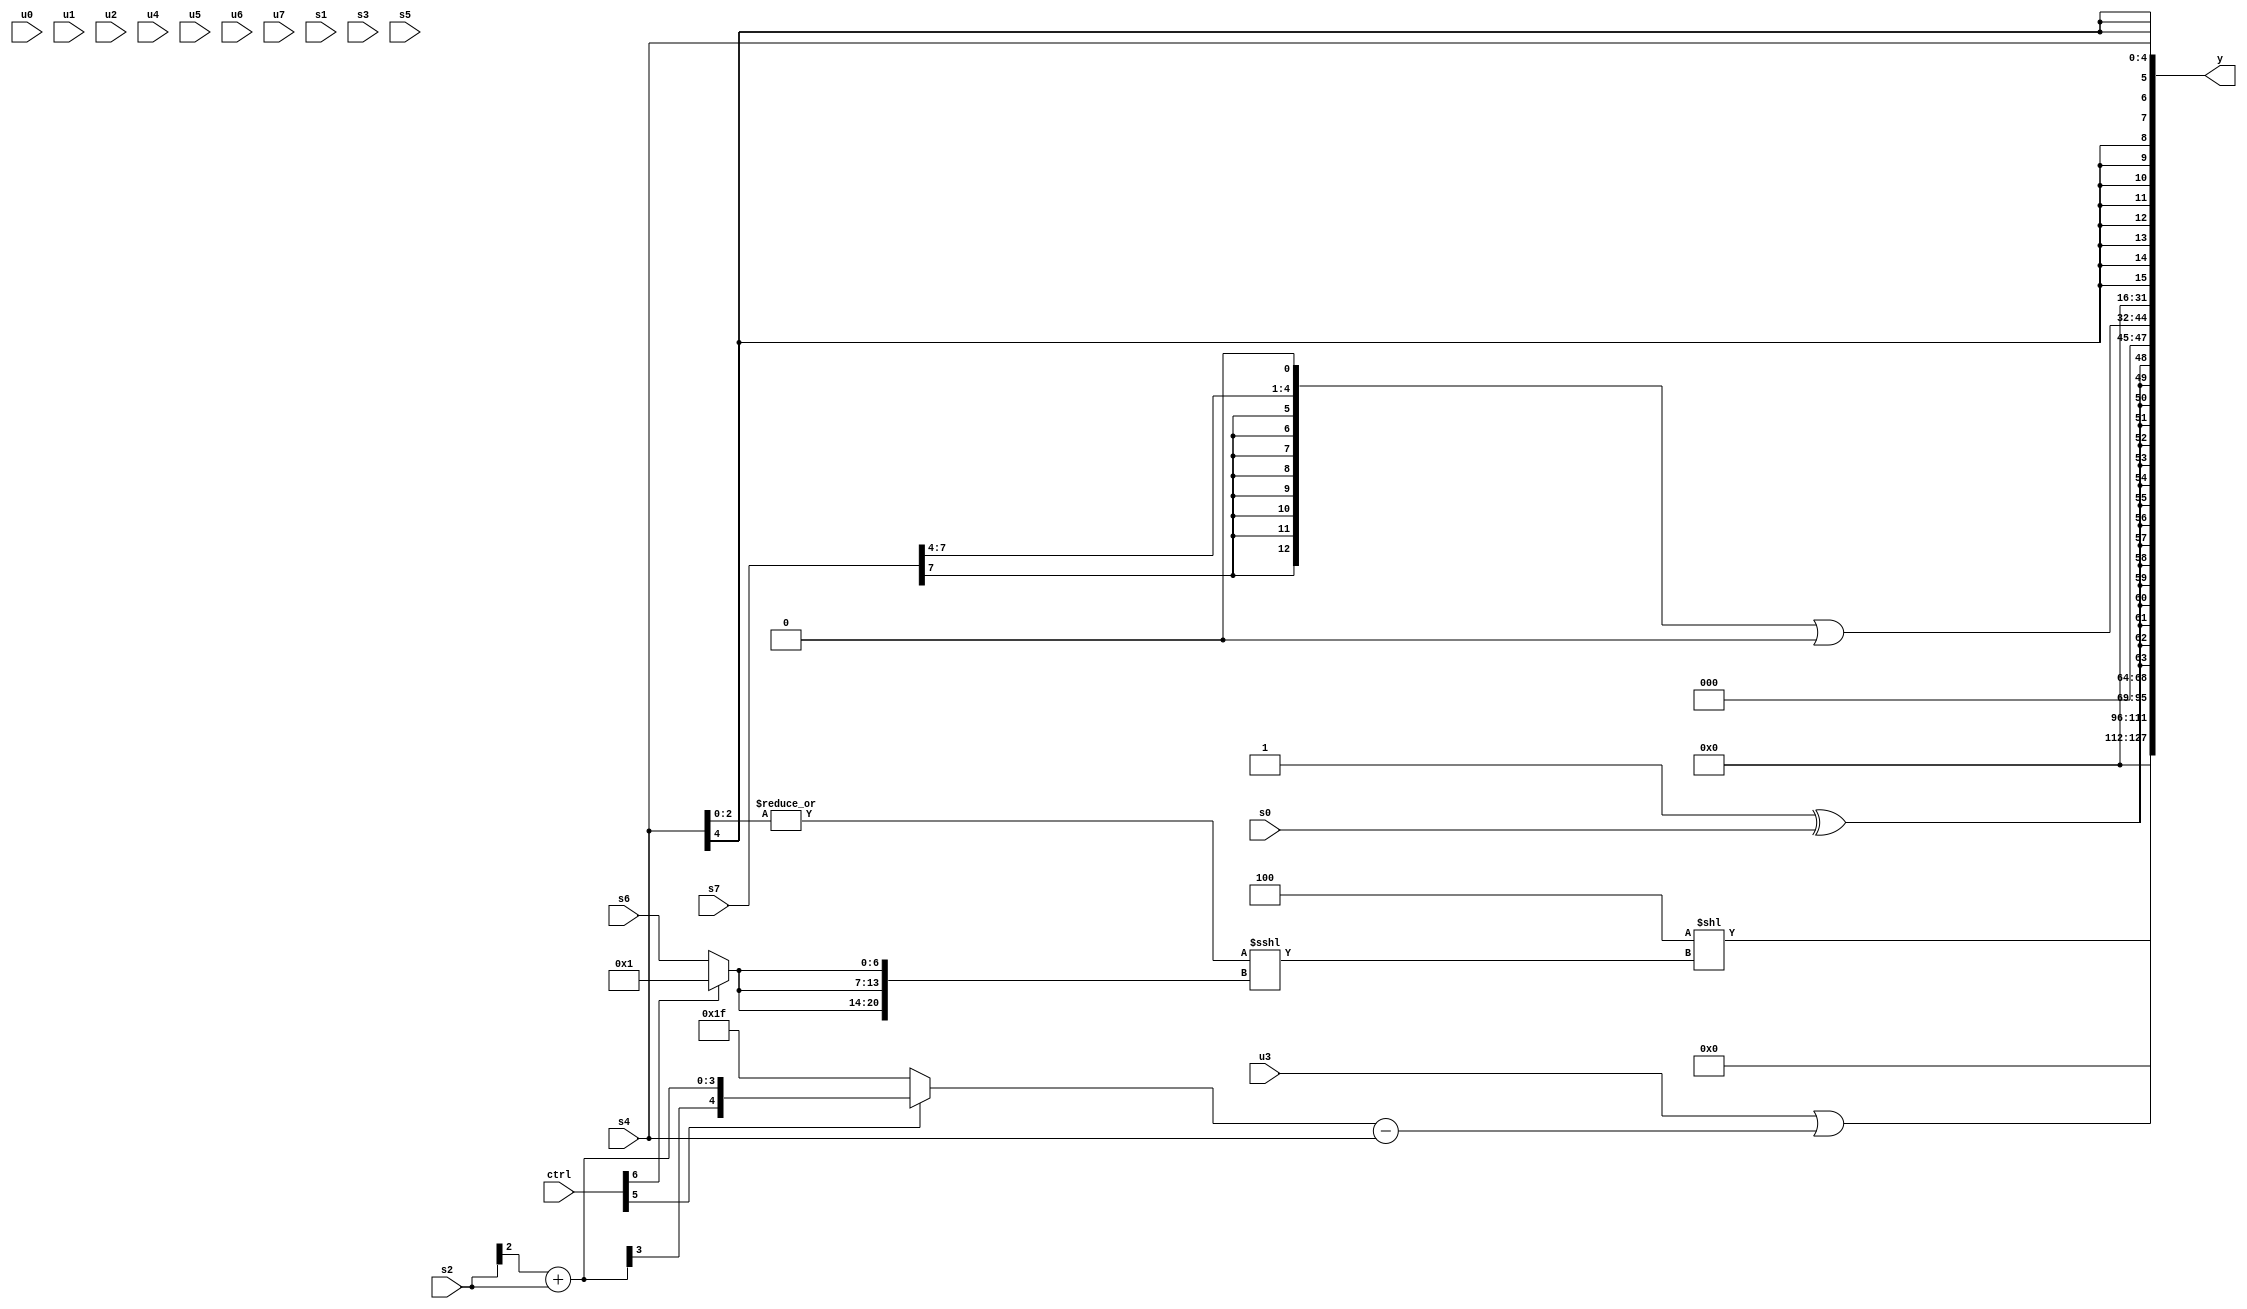
module wideexpr_00920(ctrl, u0, u1, u2, u3, u4, u5, u6, u7, s0, s1, s2, s3, s4, s5, s6, s7, y);
  input [7:0] ctrl;
  input [0:0] u0;
  input [1:0] u1;
  input [2:0] u2;
  input [3:0] u3;
  input [4:0] u4;
  input [5:0] u5;
  input [6:0] u6;
  input [7:0] u7;
  input signed [0:0] s0;
  input signed [1:0] s1;
  input signed [2:0] s2;
  input signed [3:0] s3;
  input signed [4:0] s4;
  input signed [5:0] s5;
  input signed [6:0] s6;
  input signed [7:0] s7;
  output [127:0] y;
  wire [15:0] y0;
  wire [15:0] y1;
  wire [15:0] y2;
  wire [15:0] y3;
  wire [15:0] y4;
  wire [15:0] y5;
  wire [15:0] y6;
  wire [15:0] y7;
  assign y = {y0,y1,y2,y3,y4,y5,y6,y7};
  assign y0 = 1'sb0;
  assign y1 = (3'sb100)<<((|((s4)<<(2'b10)))<<<({3{{1{(ctrl[6]?5'sb00001:s6)}}}}));
  assign y2 = 1'b0;
  assign y3 = (u3)|($signed(((ctrl[5]?($signed(($signed($unsigned(s2)))>>>(2'sb11)))+($signed($signed(s2))):1'sb1))-(+(s4))));
  assign y4 = (2'sb11)^(s0);
  assign y5 = (((s7)>>(-(3'sb100)))<<<(2'sb01))|((2'sb00)>>(1'sb1));
  assign y6 = +(+(3'sb000));
  assign y7 = s4;
endmodule